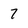
Character: 7